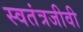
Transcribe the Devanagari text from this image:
स्वतंत्रजीवी